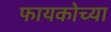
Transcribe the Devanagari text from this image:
फायकोच्या